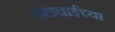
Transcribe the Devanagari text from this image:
दलवाईंच्या